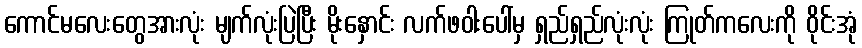
ကောင်မလေးတွေအားလုံး မျက်လုံးပြဲပြီး မိုးနှောင်း လက်ဖဝါးပေါ်မှ ရှည်ရှည်လုံးလုံး ကြုတ်ကလေးကို ဝိုင်းအုံ